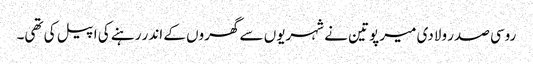
روسی صدر ولادی میر پوتین نے شہریوں سے گھروں کے اندر رہنے کی اپیل کی تھی۔